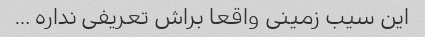
این سیب زمینی واقعا براش تعریفی نداره …